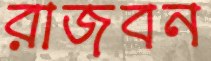
রাজবন